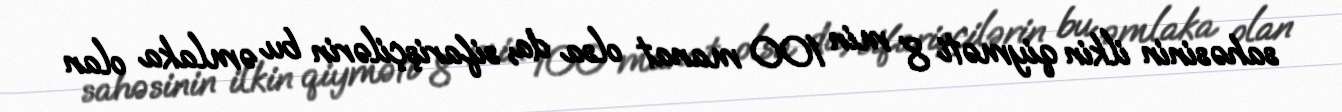
sahəsinin ilkin qiyməti 8 min 100 manat olsa da, sifarişçilərin bu əmlaka olan